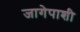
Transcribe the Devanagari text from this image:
जागेपाशी